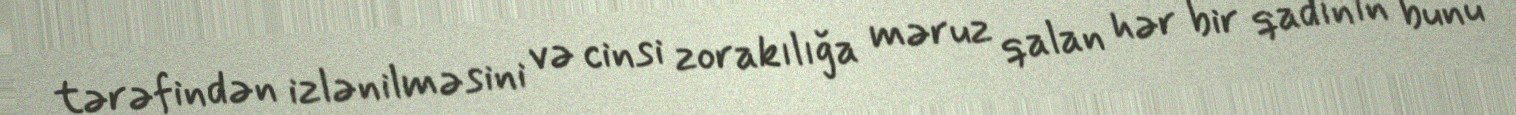
tərəfindən izlənilməsini və cinsi zorakılığa məruz qalan hər bir qadının bunu